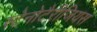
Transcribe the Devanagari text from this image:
स्टेनोटैरीजियस